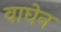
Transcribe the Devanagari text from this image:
वाघेन